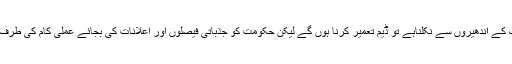
لوڈشیڈنگ کے اندھیروں سے نکلناہے تو ڈیم تعمیر کرنا ہوں گے لیکن حکومت کو جذباتی فیصلوں اور اعلانات کی بجائے عملی کام کی طرف آنا ہوگا ۔